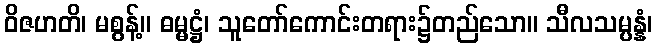
ဝိဇဟတိ၊ မစွန့်။ ဓမ္မဋ္ဌံ၊ သူတော်ကောင်းတရား၌တည်သော။ သီလသမ္ပန္နံ၊